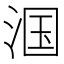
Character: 𬇹